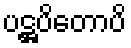
ပဋ္ဌပိတောပိ